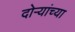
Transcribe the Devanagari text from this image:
दोऱ्यांच्या